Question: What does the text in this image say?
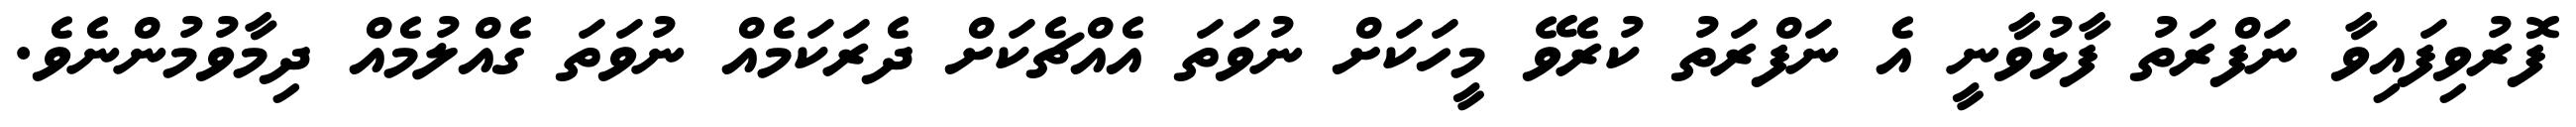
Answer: ފޮރުވިފައިވާ ނަފްރަތު ފާޅުވާނީ އެ ނަފްރަތު ކުރެވޭ މީހަކަށް ނުވަތަ އެއްޗެކަށް ދެރަކަމެއް ނުވަތަ ގެއްލުމެއް ދިމާވުމުންނެވެ.